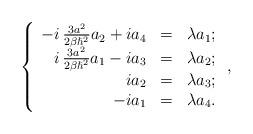
LaTeX: \begin{align*}\left\lbrace\begin{array}{rrrr}-i\,\frac{3a^{2}}{2\beta \hslash^{2}}a_{2} + ia_{4}&=&\lambda a_{1}; \\i\,\frac{3a^{2}}{2\beta \hslash^{2}}a_{1} - ia_{3}&=&\lambda a_{2}; \\ia_{2}&=&\lambda a_{3};\\-ia_{1}&=&\lambda a_{4}.\end{array}\right. ,\end{align*}